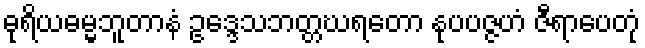
ဓုရိယဓမ္မဘူတာနံ ဥဒ္ဒေသဘတ္တဃရတော နုပပဇ္ဇဟံ ဇီရာပေတုံ